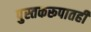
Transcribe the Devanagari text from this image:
पुस्तकरूपातही